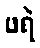
ဖရဲ